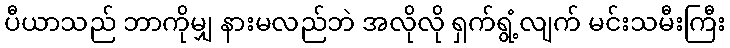
ပီယာသည် ဘာကိုမျှ နားမလည်ဘဲ အလိုလို ရှက်ရွံ့လျက် မင်းသမီးကြီး